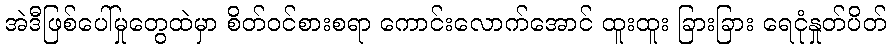
အဲဒီဖြစ်ပေါ်မှုတွေထဲမှာ စိတ်ဝင်စားစရာ ကောင်းလောက်အောင် ထူးထူး ခြားခြား ရေငုံနှုတ်ပိတ်